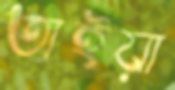
তাইয়া